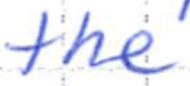
Text: the
Cross-out: clean
Writing tool: ballpoint